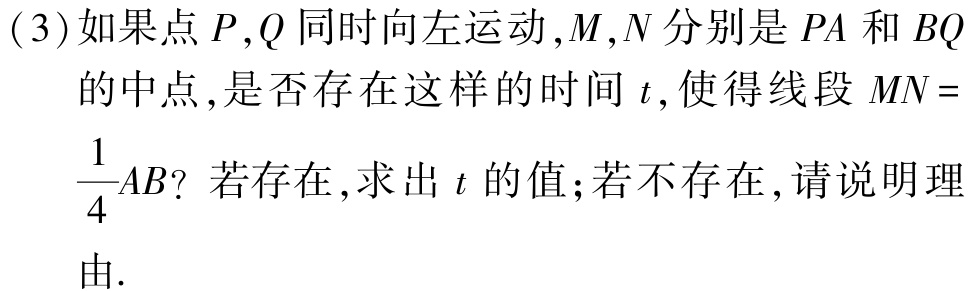
(3)如果点\(P,Q\)同时向左运动,\(M,N\)分别是\(PA\)和\(BQ\)的中点,是否存在这样的时间\(t\),使得线段\(MN = \frac{1}{4}AB\)? 若存在,求出\(t\)的值;若不存在,请说明理由.